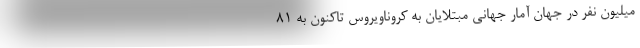
میلیون نفر در جهان آمار جهانیِ مبتلایان به کروناویروس تاکنون به ۸۱